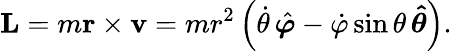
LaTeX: \mathbf{L}=m\mathbf{r}\times\mathbf{v}=mr^{2}\left({\dot{\theta}}\, {\hat{\boldsymbol{\varphi}}}-{\dot{\varphi}}\sin\theta\, \mathbf{\hat{\boldsymbol{\theta}}}\right).